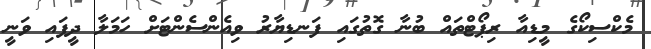
މެކްސިކޯގެ މީޑިއާ ރިޕޯޓްތައް ބުނާ ގޮތުގައި ފަނޑިޔާރު ވިއެންސެންޓަށް ހަމަލާ ދީފައި ވަނީ